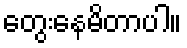
တွေးနေမိတာပါ။